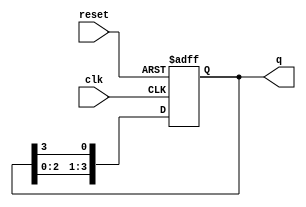
module ring_counter (
    input wire clk,        // Clock input
    input wire reset,      // Reset input
    output reg [3:0] q     // 4-bit output
);

// Initial state of the ring counter
initial begin
    q = 4'b1000; // Start with the first flip-flop set to '1'
end

// Always block triggered on the rising edge of the clock or reset
always @(posedge clk or posedge reset) begin
    if (reset) begin
        q <= 4'b1000; // Reset to initial state
    end else begin
        // Shift the '1' to the right
        q <= {q[2:0], q[3]}; // Move the '1' from the last flip-flop to the first
    end
end

endmodule